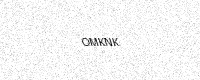
Text: OMKNK